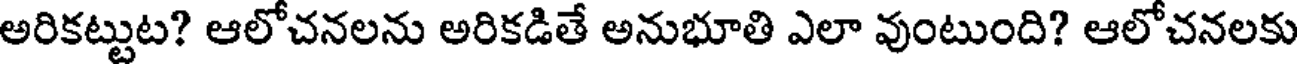
అరికట్టుట? ఆలోచనలను అరికడితే అనుభూతి ఎలా వుంటుంది? ఆలోచనలకు